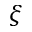
\boldsymbol { \xi }